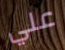
علي